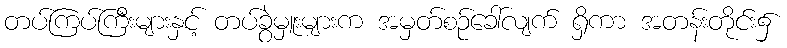
တပ်ကြပ်ကြီးများနှင့် တပ်ခွဲမှူးများက အမှတ်စဉ်ခေါ်လျက် ရှိကာ အတန်းတိုင်း၌